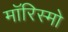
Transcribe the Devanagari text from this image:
मॉरिस्मो